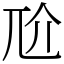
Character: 𡯓